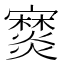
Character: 𤑖